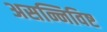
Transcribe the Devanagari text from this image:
असन्निविष्ट